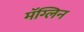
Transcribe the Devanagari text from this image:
मॅग्लिन